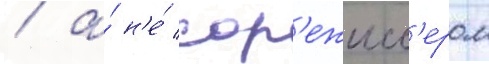
/ а́ н'е́ сор'ежисс'ером